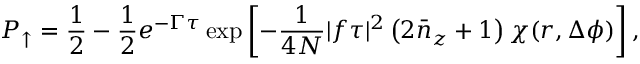
P _ { \uparrow } = \frac { 1 } { 2 } - \frac { 1 } { 2 } e ^ { - \Gamma \tau } \exp \left[ - \frac { 1 } { 4 N } | f \tau | ^ { 2 } \left( 2 \bar { n } _ { z } + 1 \right) \chi ( r , \Delta \phi ) \right] ,